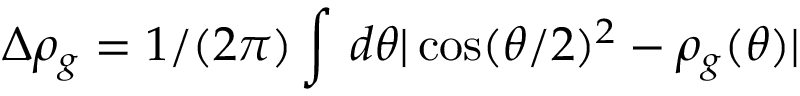
\Delta \rho _ { g } = 1 / ( 2 \pi ) \int \, d \theta { | \cos ( \theta / 2 ) ^ { 2 } - \rho _ { g } ( \theta ) | }